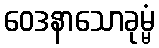
ဝေဒနာသောခုမ္မံ